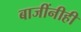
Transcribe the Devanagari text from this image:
बाजींनीही